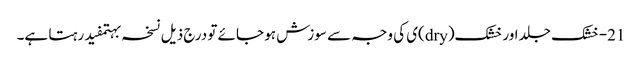
21-خشک جلد اور خشک(dry)ی کی وجہ سے سوزش ہو جائے تو درج ذیل نسخہ بہتمفید رہتا ہے۔